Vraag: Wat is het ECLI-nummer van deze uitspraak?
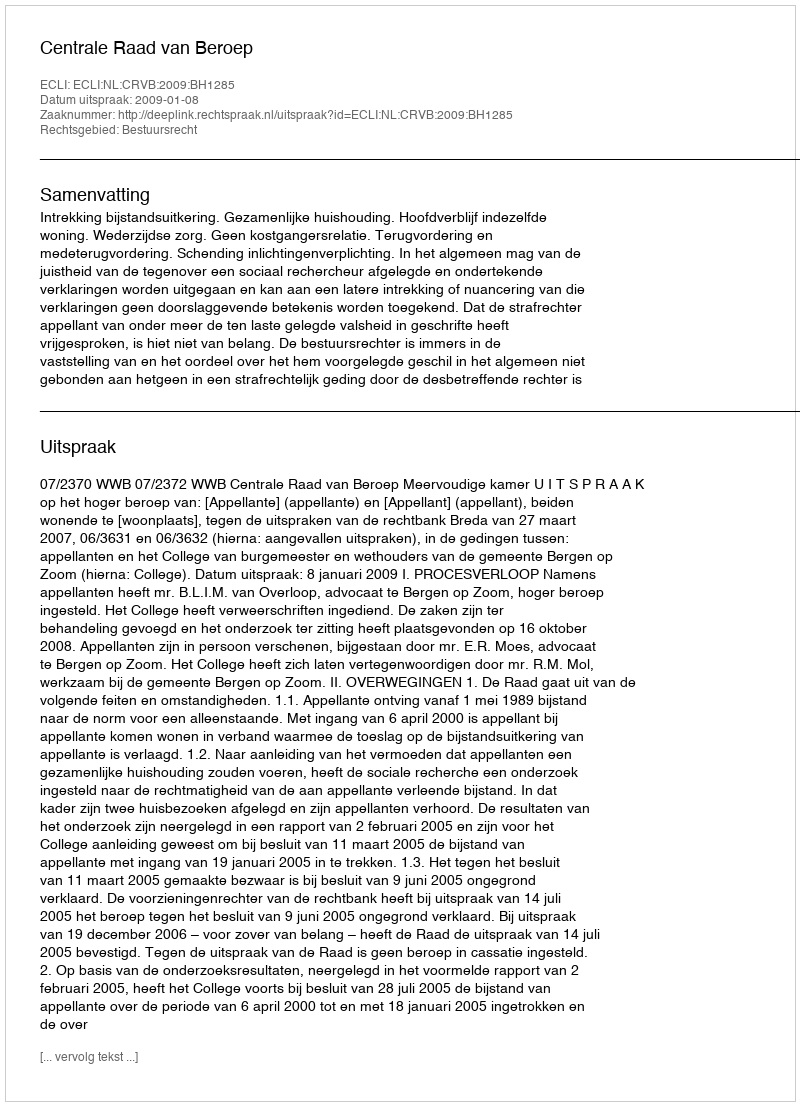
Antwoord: ECLI:NL:CRVB:2009:BH1285